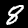
Label: 8